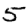
Digit: 5